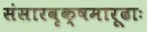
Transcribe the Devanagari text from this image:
संसारवृक्षमारूढाः